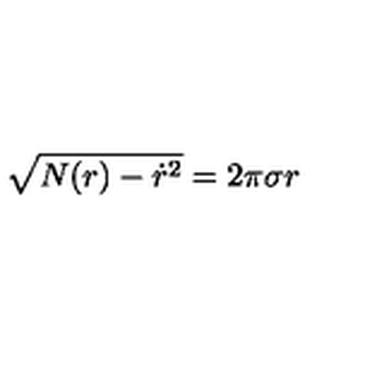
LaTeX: \sqrt { N ( r ) - \dot { r } ^ { 2 } } = 2 \pi \sigma r